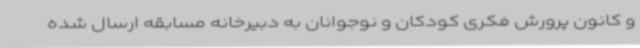
و کانون پرورش فکری کودکان و نوجوانان به دبیرخانه مسابقه ارسال شده